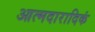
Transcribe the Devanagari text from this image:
आत्मदारादिकं